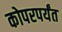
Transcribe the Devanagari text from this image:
कोपरपर्यंत